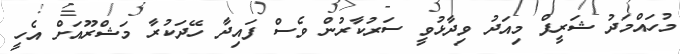
މުހައްމަދު ޝަރީފް މިއަދު ވިދާޅުވީ ސަރުކާރުން ވެސް ފައިދާ ހޭދަކުރާ މަޝްރޫއަށް އެހީ